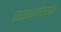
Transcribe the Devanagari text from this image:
साइक्लोस्टोम